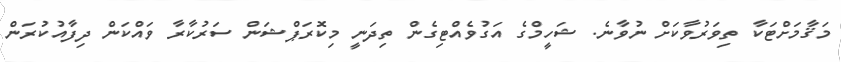
މަޤާމަށްޓަކާ ތިވަރުވާކަށް ނުވާނެ. ޝަހީމްގެ އަގުވެއްޓިގެން ތިދަނީ މިކޮރަޕްޝަން ސަރުކާރާ ވައްކަން ދިފާއުކުރަން